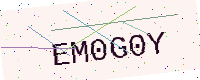
Text: EM0G0Y